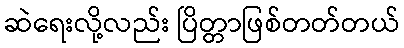
ဆဲရေးလို့လည်း ပြိတ္တာဖြစ်တတ်တယ်